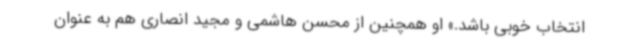
انتخاب خوبی باشد.» او همچنین از محسن هاشمی و مجید انصاری هم به ‌عنوان